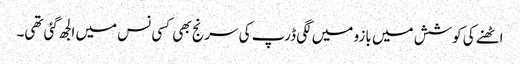
اٹھنے کی کوشش میں بازو میں لگی ڈرپ کی سرنج بھی کسی نس میں الجھ گئی تھی۔